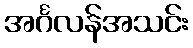
အင်္ဂလန်အသင်း